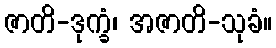
ဇာတိ-ဒုက္ခံ၊ အဇာတိ-သုခံ။